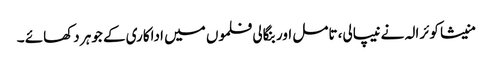
منیشا کوئرالہ نے نیپالی، تامل اور بنگالی فلموں میں اداکاری کے جوہر دکھائے ۔